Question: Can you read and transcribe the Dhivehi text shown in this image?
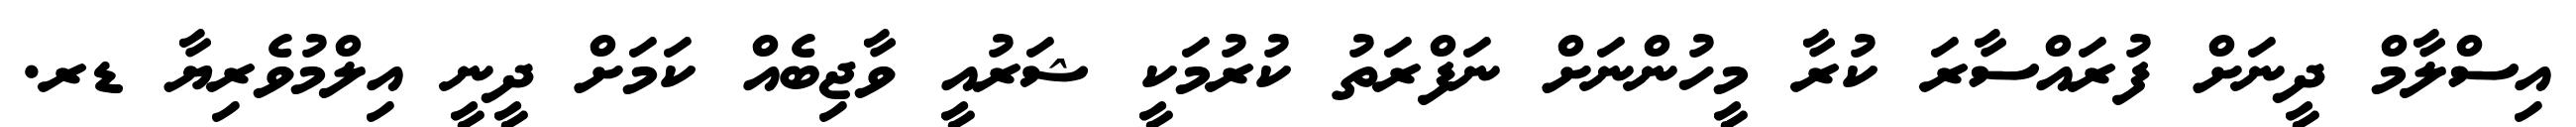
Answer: އިސްލާމް ދީނަށް ފުރައްސާރަ ކުރާ މީހުންނަށް ނަފްރަތު ކުރުމަކީ ޝަރުއީ ވާޖިބެއް ކަމަށް ދީނީ އިލްމުވެރިޔާ ޑރ.